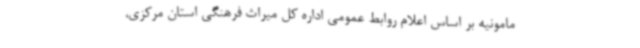
مامونیه بر اساس اعلام روابط عمومی اداره کل میراث فرهنگی استان ‌مرکزی،